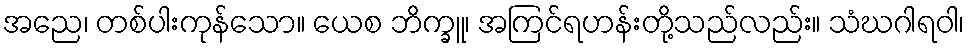
အညေ၊ တစ်ပါးကုန်သော။ ယေစ ဘိက္ခူ၊ အကြင်ရဟန်းတို့သည်လည်း။ သံဃဂါရဝါ၊